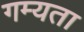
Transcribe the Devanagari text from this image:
गम्यता